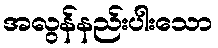
အလွန်နည်းပါးသော